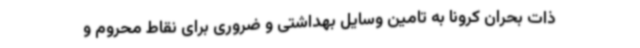
ذات بحران کرونا به تامین وسایل بهداشتی و ضروری برای نقاط محروم و